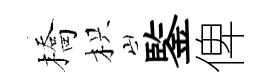
橋枳鍳俾